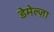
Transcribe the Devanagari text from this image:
डेमेल्ज़ा